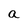
Character: a